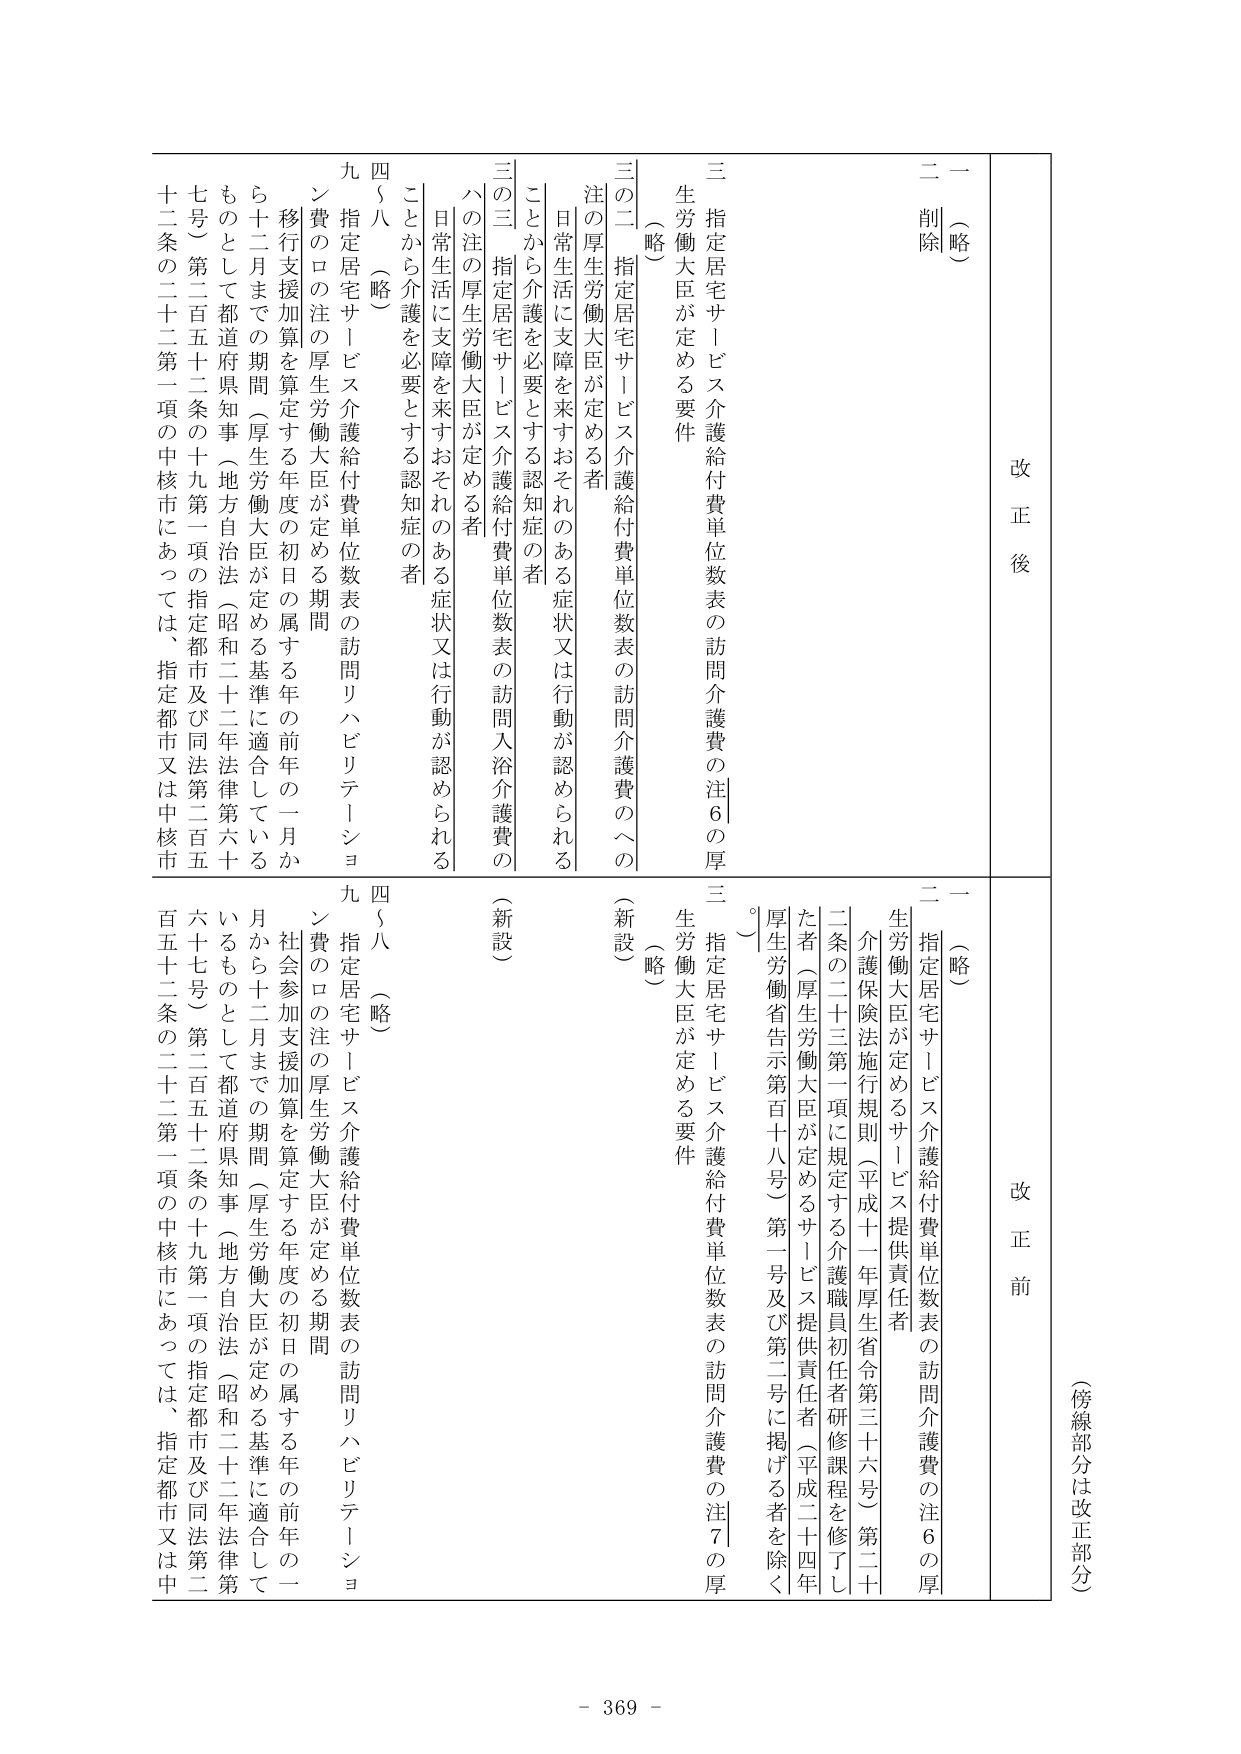
（傍線部分は改正部分）

改正前

一 （略）

二 指定居宅サービス介護給付費単位数表の訪問介護費の注６の厚生労働大臣が定めるサービス提供責任者
　介護保険法施行規則（平成十一年厚生省令第三十六号）第二十二条の二十三第一項に規定する介護職員初任者研修課程を修了した者（厚生労働大臣が定めるサービス提供責任者（平成二十四年厚生労働省告示第百十八号）第一号及び第二号に掲げる者を除く。）

三 指定居宅サービス介護給付費単位数表の訪問介護費の注７の厚生労働大臣が定める要件
　（略）

改正後

一 （略）

二 削除

三 指定居宅サービス介護給付費単位数表の訪問介護費の注６の厚生労働大臣が定める要件
　（略）

三の二 指定居宅サービス介護給付費単位数表の訪問介護費のへの注の厚生労働大臣が定める者
　日常生活に支障を来すおそれのある症状又は行動が認められる
　ことから介護を必要とする認知症の者

三の三 指定居宅サービス介護給付費単位数表の訪問入浴介護費のへの注の厚生労働大臣が定める者
　日常生活に支障を来すおそれのある症状又は行動が認められる
　ことから介護を必要とする認知症の者

四～八 （略）

九 指定居宅サービス介護給付費単位数表の訪問リハビリテーション費のロの注の厚生労働大臣が定める期間
　移行支援加算を算定する年度の初日の属する年の前年の一月から十二月までの期間（厚生労働大臣が定める基準に適合しているものとして都道府県知事（地方自治法（昭和二十二年法律第六十七条）第二百五十二条の十九第一項の指定都市及び同法第二百五十二条の二十二第一項の中核市にあっては、指定都市又は中核市

四～八 （略）

九 指定居宅サービス介護給付費単位数表の訪問リハビリテーション費のロの注の厚生労働大臣が定める期間
　社会参加支援加算を算定する年度の初日の属する年の前年の一月から十二月までの期間（厚生労働大臣が定める基準に適合しているものとして都道府県知事（地方自治法（昭和二十二年法律第六十七条）第二百五十二条の十九第一項の指定都市及び同法第二百五十二条の二十二第一項の中核市にあっては、指定都市又は中核市

- 369 -